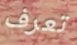
تعرف